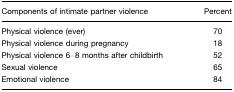
<table><thead><tr><td><b>Components of intimate partner violence</b></td><td><b>Percent</b></td></tr></thead><tbody><tr><td>Physical violence (ever)</td><td>70</td></tr><tr><td>Physical violence during pregnancy</td><td>18</td></tr><tr><td>Physical violence 6–8 months after childbirth</td><td>52</td></tr><tr><td>Sexual violence</td><td>65</td></tr><tr><td>Emotional violence</td><td>84</td></tr></tbody></table>